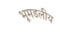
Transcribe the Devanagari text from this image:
भूमडलीय